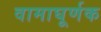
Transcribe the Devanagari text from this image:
वामाघूर्णक